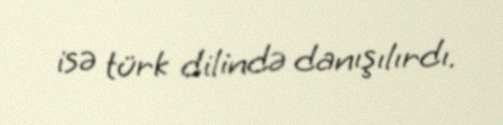
isə türk dilində danışılırdı.